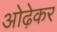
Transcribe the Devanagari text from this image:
ओढ़ेकर